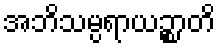
အဘိသမ္ပရာယဉ္စာတိ